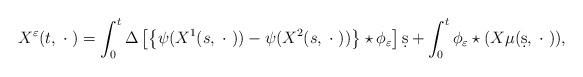
LaTeX: \begin{align*}X^\varepsilon (t,\;\cdot\;) = \int^t_0 \Delta \left[ \left\{\psi (X^1(s,\;\cdot\;))-\psi (X^2(s,\;\cdot\;))\right\}\star \phi_\varepsilon \right] \d s + \int^t_0 \phi_\varepsilon \star (X \mu(\d s,\;\cdot\;)),\end{align*}